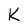
Character: K